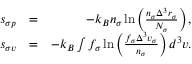
\begin{array} { r l r } { s _ { \sigma p } } & { = } & { - k _ { B } n _ { \sigma } \ln \left( \frac { n _ { \sigma } \Delta ^ { 3 } r _ { \sigma } } { N _ { \sigma } } \right) , } \\ { s _ { \sigma v } } & { = } & { - k _ { B } \int f _ { \sigma } \ln \left( \frac { f _ { \sigma } \Delta ^ { 3 } v _ { \sigma } } { n _ { \sigma } } \right) d ^ { 3 } v . } \end{array}